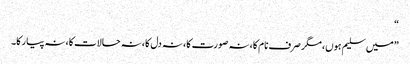
“
”میں سلیم ہوں، مگر صرف نام کا، نہ صورت کا، نہ دل کا، نہ حالات کا، نہ پیار کا۔